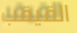
القيقب